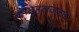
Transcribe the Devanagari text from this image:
कौतूहलजनक